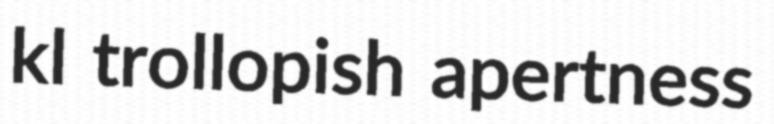
kl trollopish apertness